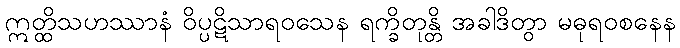
ဣတ္ထိသဟဿာနံ ဝိပ္ပဋိသာရဝသေန ရက္ခိတုန္တိ အခါဒိတွာ မဓုရဝစနေန